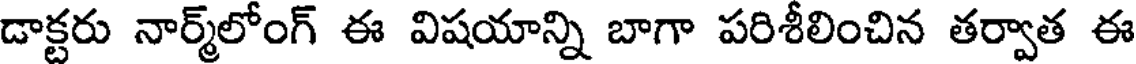
డాక్టరు నార్మ్లోంగ్ ఈ విషయాన్ని బాగా పరిశీలించిన తర్వాత ఈ